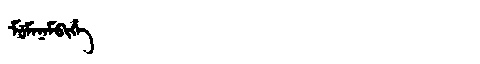
Manchu: ᠮᡠᠮᠠᠨᠠᠮᠪᡳᡥᡝ
Romanization: MUMANAMBIHE